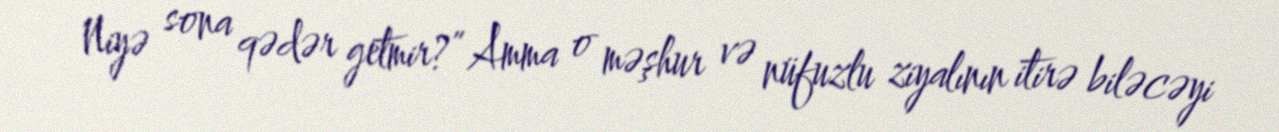
Niyə sona qədər getmir?” Amma o məşhur və nüfuzlu ziyalının itirə biləcəyi